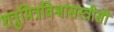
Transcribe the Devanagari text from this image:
शत्रुमित्रविश्वासस्त्रीसी